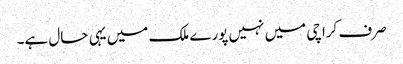
صرف کراچی میں نہیں پورے ملک میں یہی حال ہے۔